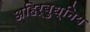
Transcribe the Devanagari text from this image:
अहिर्बुध्निय